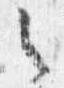
之